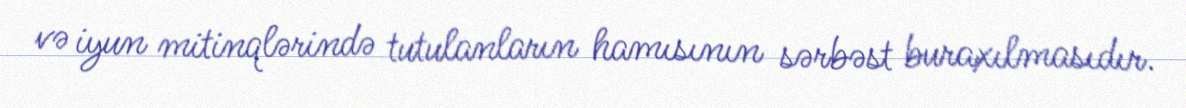
və iyun mitinqlərində tutulanların hamısının sərbəst buraxılmasıdır.